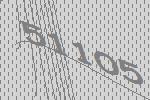
51105